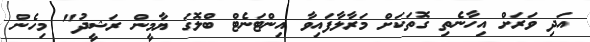
އަދި ވަރަށް އިހާނެތި ގޮތަކަށް މަރާލާފައިވާ އިންޓަނެޓް ބްލޮގަ ޔާމީން ރަޝީދު" މިހެން